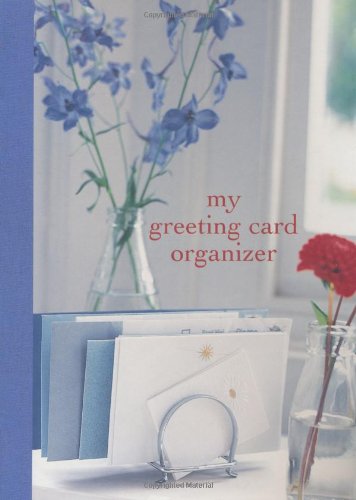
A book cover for My Greeting Card Organizer (Journals/Organizers); Ryland Peters & Small; Parenting & Relationships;